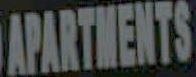
APARTMENTS